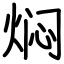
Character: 焖